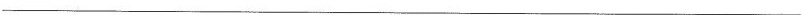
___